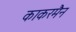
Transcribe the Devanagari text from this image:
काकरमैन